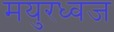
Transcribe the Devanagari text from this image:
मयुरध्वज